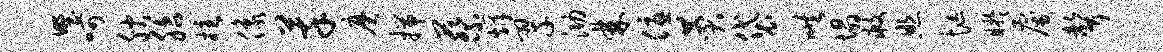
野呵腴胎柱像萃磨揣蔡烽翠泐棘优赞袋哄塌救照忙盱雇声